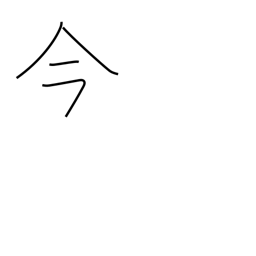
Meaning: now